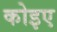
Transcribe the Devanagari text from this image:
कोइए